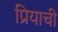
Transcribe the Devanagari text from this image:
प्रियाची